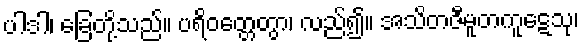
ပါဒါ၊ ခြေတို့သည်။ ပရိဝတ္တေတွာ၊ လည်၍။ အသိတဇီမူတကူဋေသု၊